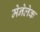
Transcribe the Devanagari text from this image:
मेनेलेक